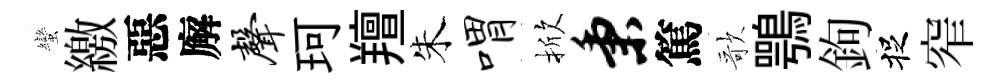
蠻繳惡廨声珂羶朱喟掀秉篤歌鶚鉤捉窄